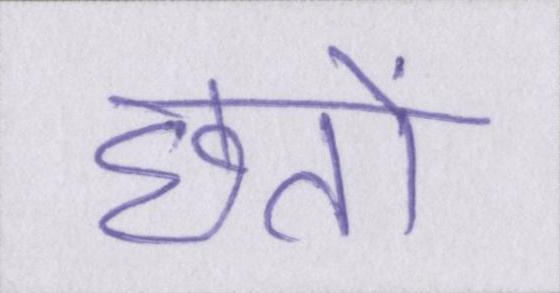
छतों